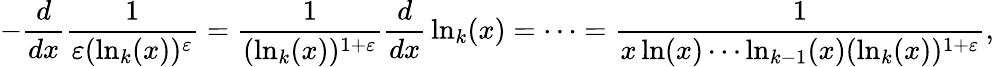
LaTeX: -{\frac{d}{dx}}{\frac{1}{\varepsilon(\ln_{k}(x))^{\varepsilon}}}={\frac{1}{(\ln_{k}(x))^{1+\varepsilon}}}{\frac{d}{dx}}\ln_{k}(x)=\cdots={\frac{1}{x\ln(x)\cdots\ln_{k-1}(x)(\ln_{k}(x))^{1+\varepsilon}}},